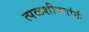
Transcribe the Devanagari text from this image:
त्पळशीकरांनी